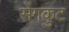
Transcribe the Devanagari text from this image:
सेंगकुट